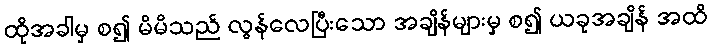
ထိုအခါမှ စ၍ မိမိသည် လွန်လေပြီးသော အချိန်များမှ စ၍ ယခုအချိန် အထိ